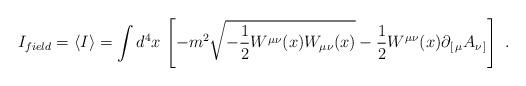
LaTeX: \begin{align*}I_{field}=\langle I\rangle =\int d^4x\,\left[-m^2\sqrt{-{1\over 2}W^{\mu\nu}(x)W_{\mu\nu}(x)}-{1\over 2}W^{\mu\nu}(x)\partial_{[\,\mu}A_{\nu\,]}\right]\ .\end{align*}